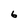
Character: 6